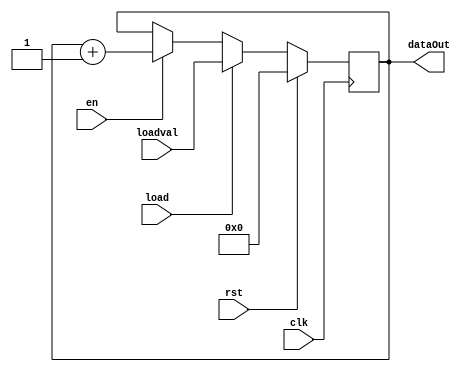


module counter #(
	parameter DATA_WIDTH = 4,
    parameter COUNT_START = 0,
    parameter COUNT_END = 2**(DATA_WIDTH-1),
    parameter STEP = 1
)(
	input clk,
	input rst,
	input en,
    input load,
	input [DATA_WIDTH - 1:0] loadval,
	output [DATA_WIDTH - 1:0] dataOut
);
    reg [DATA_WIDTH - 1:0]tmp = 0;

    always @(posedge clk) begin
        if(rst == 1'b1) begin
            tmp <= COUNT_START;
        end
        else begin
            if(load == 1'b1) begin
                tmp <= loadval;
            end
            else if(en == 1'b1) begin
                tmp <= tmp + STEP;
            end
            else begin
                tmp <= tmp;
            end
        end
    end

    assign dataOut = tmp;

endmodule